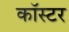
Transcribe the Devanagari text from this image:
कॉस्टर